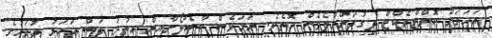
އަހަރަށް ކޮންޓްރެކްޓް ދިގުދަންމާލެވެން އޮތެވެ. ނަމަވެސް ބާސެލޯނާއިން އިތުރު ފަސް އަހަރު ދުވަހުގެ